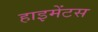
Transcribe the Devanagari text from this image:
हाइमेंटस